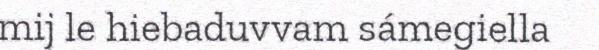
mij le hiebaduvvam sámegiella